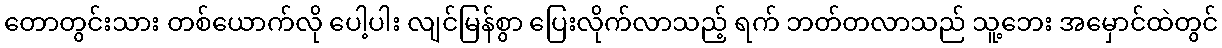
တောတွင်းသား တစ်ယောက်လို ပေါ့ပါး လျင်မြန်စွာ ပြေးလိုက်လာသည့် ရက် ဘတ်တလာသည် သူ့ဘေး အမှောင်ထဲတွင်